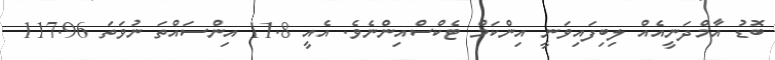
ބޮޑު އާމްދަނީއެއް ލިބިފައިވަނީ އިންކަމް ޓެކްސްއިންނެވެ. އެއީ 11.8 އިންސައްތަ ނުވަތަ 117.96